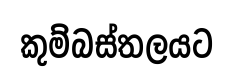
කුම්බස්තලයට